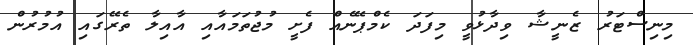
މިނިސްޓަރު ޒެނީޝާ ވިދާޅުވީ މިފަދަ ކެމްޕޭނެއް ފެށީ މުޖުތަމައާއި އާއިލާ ތެރޭގައި އުމުރުން